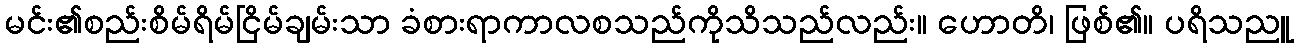
မင်း၏စည်းစိမ်ရိမ်ငြိမ်ချမ်းသာ ခံစားရာကာလစသည်ကိုသိသည်လည်း။ ဟောတိ၊ ဖြစ်၏။ ပရိသညူ